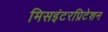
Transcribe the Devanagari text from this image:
मिसइंटरप्रिटेशन